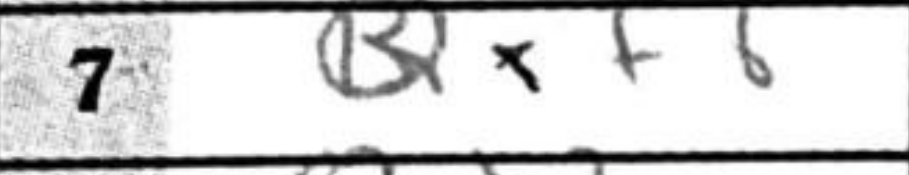
Transcription: Qxf6